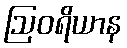
ဩဝရိယာန